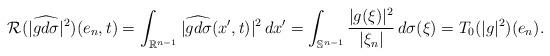
LaTeX: \begin{align*}\mathcal{R}(|\widehat{gd\sigma}|^2)(e_n,t) & = \int_{\mathbb{R}^{n-1}} |\widehat{gd\sigma}(x',t)|^2\, dx' = \int_{\mathbb{S}^{n-1}} \frac{|g(\xi)|^2}{|\xi_n|}\, d\sigma(\xi)=T_0(|g|^2)(e_n).\end{align*}